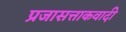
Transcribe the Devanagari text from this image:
प्रजासत्ताकवादी